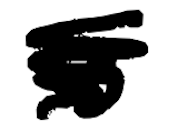
Text: is
Cross-out: scratch
Writing tool: digital_black